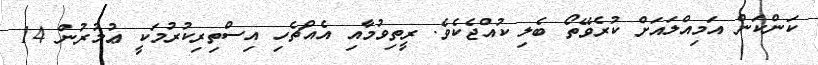
ކަންކަން އަމިއްލައަށް ކުރެވޭތޯ ބެލި ކުއްޖެކެވެ. ރީތިވުމާއި އެއްޗެހި އިސްތިރިކުރުމަކީ ޢުމުރުން 14